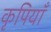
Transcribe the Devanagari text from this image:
कृपियाँ